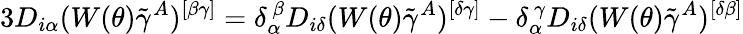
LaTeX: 3D_{i\alpha}(W(\theta)\tilde{\gamma}^{A})^{[\beta\gamma]}=\delta_{\alpha}^{~\beta}D_{i\delta}(W(\theta)\tilde{\gamma}^{A})^{[\delta\gamma]}-\delta_{\alpha}^{~\gamma}D_{i\delta}(W(\theta)\tilde{\gamma}^{A})^{[\delta\beta]}